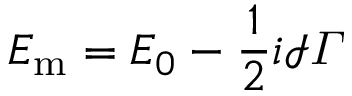
E _ { \mathrm { m } } = E _ { 0 } - \frac { 1 } { 2 } i \mathcal { I } \varGamma